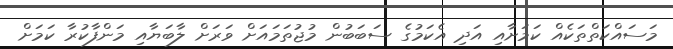
މަސައްކަތްތަކެއް ކަމަށާއި އަދި އެކަމުގެ ސަބަބުން މުޖުތަމައަށް ވަރަށް ލާބަޔާއި މަންފާކުރާ ކަމަށް